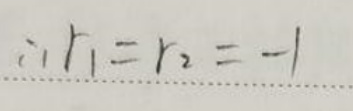
\(\therefore r _ { 1 } = r _ { 2 } = - 1\)